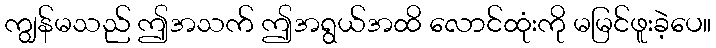
ကျွန်မသည် ဤအသက် ဤအရွယ်အထိ လောင်ထုံးကို မမြင်ဖူးခဲ့ပေ။